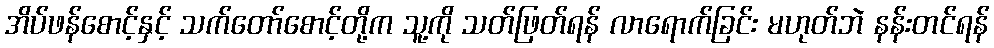
အိပ်ဖန်စောင့်နှင့် သက်တော်စောင့်တို့က သူ့ကို သတ်ဖြတ်ရန် လာရောက်ခြင်း မဟုတ်ဘဲ နန်းတင်ရန်